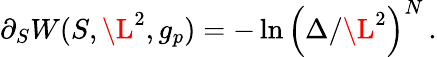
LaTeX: \partial_{S}W(S,\L^{2},g_{p})=-\ln\left(\Delta/\L^{2}\right)^{N}\, .